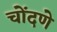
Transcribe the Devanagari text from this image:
चोंदणे